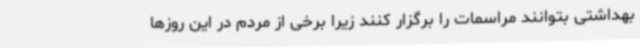
بهداشتی بتوانند مراسمات را برگزار کنند زیرا برخی از مردم در این روزها